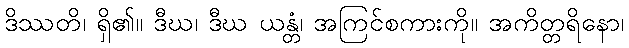
ဒိဿတိ၊ ရှိ၏။ ဒီဃ၊ ဒီဃ ယန္တံ၊ အကြင်စကားကို။ အကိတ္တရိနော၊